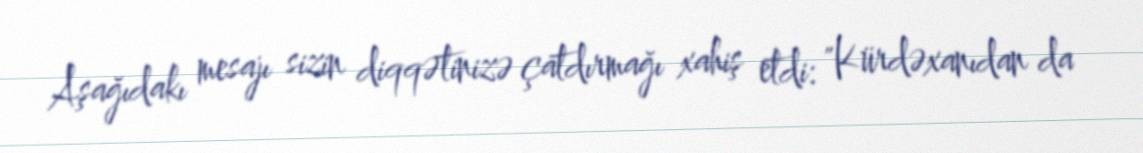
Aşağıdakı mesajı sizin diqqətinizə çatdırmağı xahiş etdi: "Kürdəxanıdan da